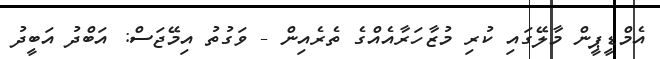
އެމްޑީޕީން މާލޭގައި ކުރި މުޒާހަރާއެއްގެ ތެރެއިން - ވަގުތު އިމޭޖަސް: އަބްދު އަބީދު